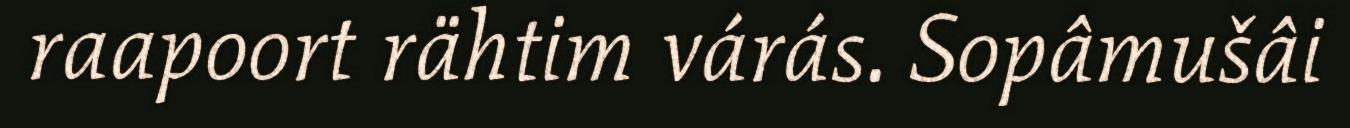
raapoort rähtim várás. Sopâmušâi